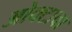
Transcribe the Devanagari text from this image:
ओक्टावा